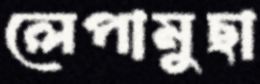
লেপামুছা